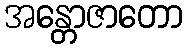
အန္တောဇာတော